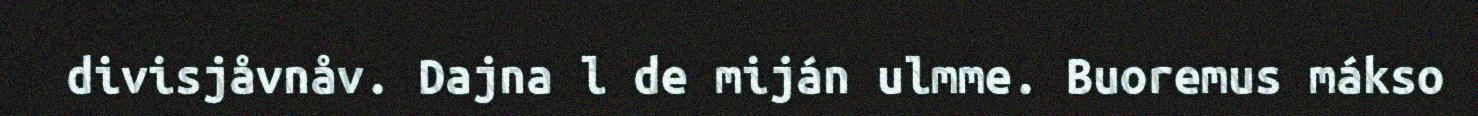
divisjåvnåv. Dajna l de miján ulmme. Buoremus mákso